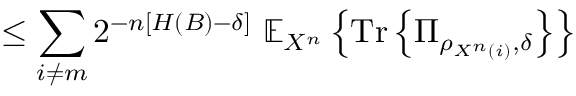
\leq \sum _ { i \neq m } 2 ^ { - n \left[ H \left( B \right) - \delta \right] } \ \mathbb { E } _ { X ^ { n } } \left\{ { \mathrm { T r } } \left\{ \Pi _ { \rho _ { X ^ { n } \left( i \right) } , \delta } \right\} \right\}